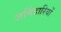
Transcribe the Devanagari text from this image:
ज़मिंदारियों